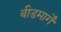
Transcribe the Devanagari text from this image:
बीडमार्गे